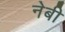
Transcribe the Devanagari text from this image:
नेबी